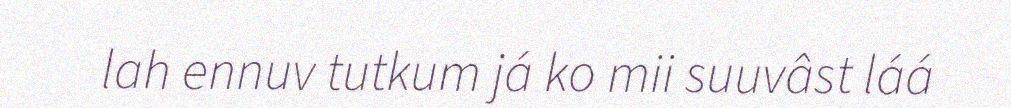
lah ennuv tutkum já ko mii suuvâst láá